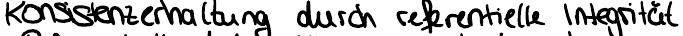
Konsistenzerhaltung durch referentielle Integrität